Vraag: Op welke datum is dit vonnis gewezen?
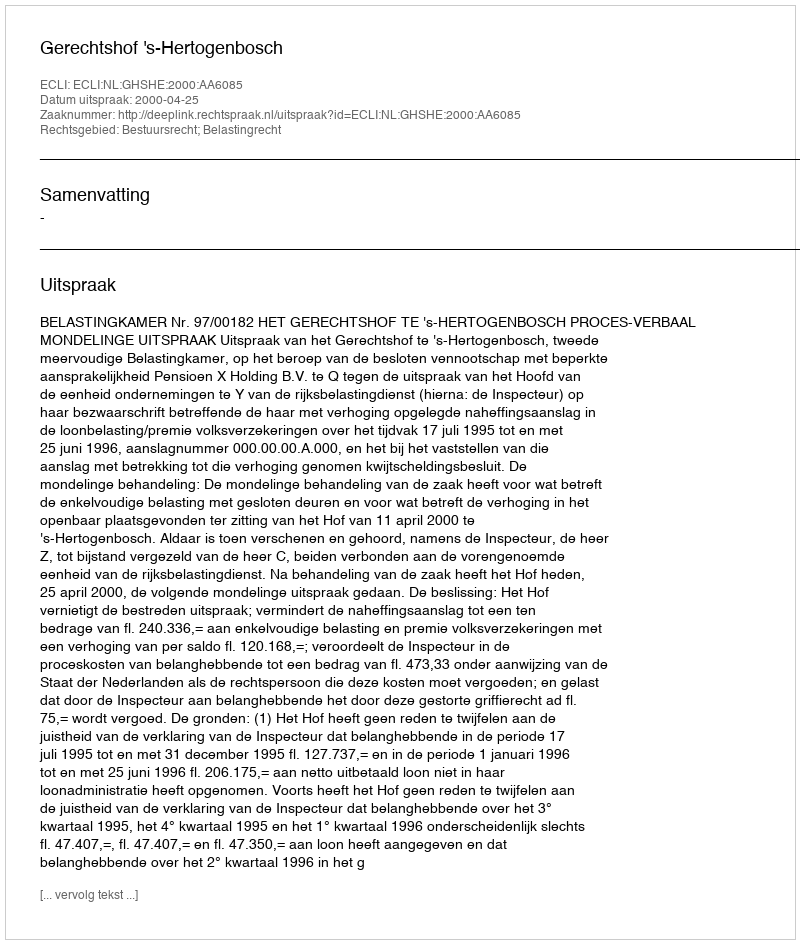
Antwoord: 2000-04-25